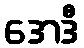
အေဒီ